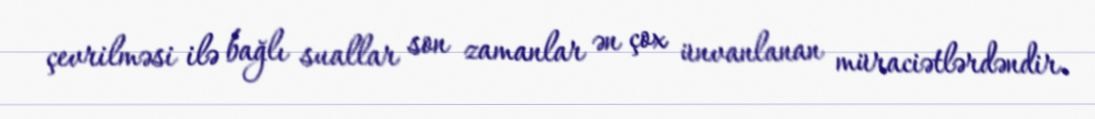
çevrilməsi ilə bağlı suallar son zamanlar ən çox ünvanlanan müraciətlərdəndir.